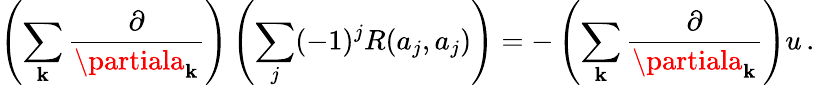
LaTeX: \left(\sum_{\mathbf{k}}{\frac{{\partial}}{{\partiala_{\mathbf{k}}}}}\right)\left(\sum_{j}(-1)^{j}R(a_{j},a_{j})\right)=-\left(\sum_{\mathbf{k}}{\frac{{\partial}}{{\partiala_{\mathbf{k}}}}}\right)u\, .